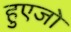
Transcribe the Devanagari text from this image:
हुएजो